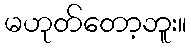
မဟုတ်တော့ဘူး။